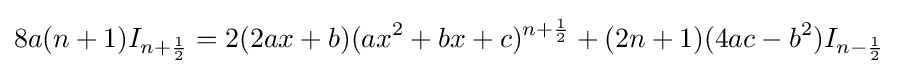
8a(n+1)I_{n+{\frac {1}{2}}}=2(2ax+b)(ax^{2}+bx+c)^{n+{\frac {1}{2}}}+(2n+1)(4ac-b^{2})I_{n-{\frac {1}{2}}}\,\!